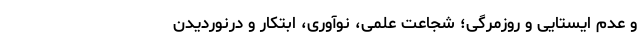
و عدم ایستایی و روزمر­گی؛ شجاعت علمی، نوآوری، ابتکار و درنوردیدن